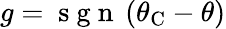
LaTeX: g=\mathrm{~s~g~n~}\left(\theta_{\mathrm{C}}-\theta\right)